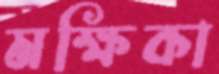
মক্ষিকা